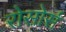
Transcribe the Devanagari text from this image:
रोसोर्स